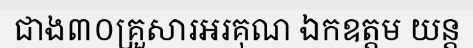
ជាង៣០គ្រួសារអរគុណ ឯកឧត្តម យន្ត